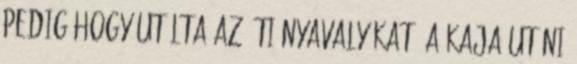
Pedig hogy utálta az úti nyavalyákat. A kaja utáni